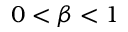
0 < \beta < 1